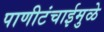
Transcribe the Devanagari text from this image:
पाणीटंचाईमुळे